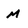
Character: m